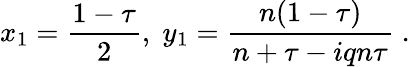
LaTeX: x_{1}=\frac{1-\tau}{2},\; y_{1}=\frac{n(1-\tau)}{n+\tau-iqn\tau}\; .